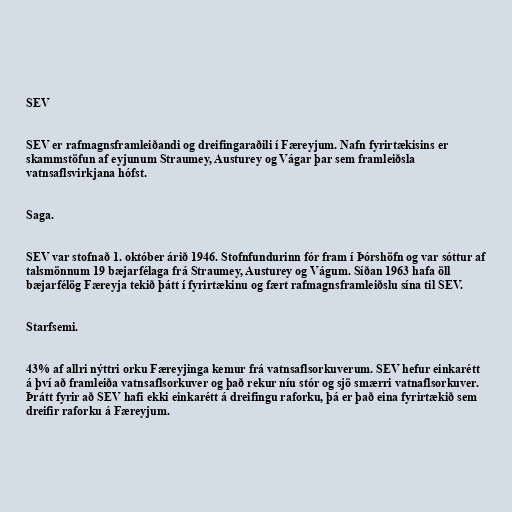
SEV

SEV er rafmagnsframleiðandi og dreifingaraðili í Færeyjum. Nafn fyrirtækisins er
skammstöfun af eyjunum Straumey, Austurey og Vágar þar sem framleiðsla
vatnsaflsvirkjana hófst.

Saga.

SEV var stofnað 1. október árið 1946. Stofnfundurinn fór fram í Þórshöfn og var sóttur af
talsmönnum 19 bæjarfélaga frá Straumey, Austurey og Vágum. Síðan 1963 hafa öll
bæjarfélög Færeyja tekið þátt í fyrirtækinu og fært rafmagnsframleiðslu sína til SEV.

Starfsemi.

43% af allri nýttri orku Færeyjinga kemur frá vatnsaflsorkuverum. SEV hefur einkarétt
á því að framleiða vatnsaflsorkuver og það rekur níu stór og sjö smærri vatnaflsorkuver.
Þrátt fyrir að SEV hafi ekki einkarétt á dreifingu raforku, þá er það eina fyrirtækið sem
dreifir raforku á Færeyjum.